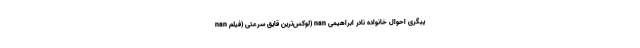
nan لوکس‌ترین قایق سرعتی (فیلم) nan پیگری احوال خانواده نادر ابراهیمی